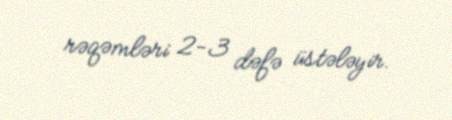
rəqəmləri 2-3 dəfə üstələyir.